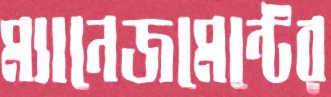
ম্যানেজমেন্টের